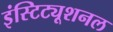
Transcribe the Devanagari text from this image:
इंस्टिट्यूशनल